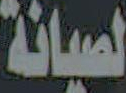
لصيانة